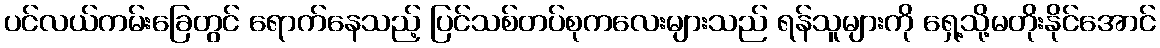
ပင်လယ်ကမ်းခြေတွင် ရောက်နေသည့် ပြင်သစ်တပ်စုကလေးများသည် ရန်သူများကို ရှေ့သို့မတိုးနိုင်အောင်